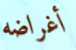
أغراضه